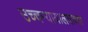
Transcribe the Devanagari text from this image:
उच्चन्यायालयाच्या